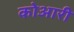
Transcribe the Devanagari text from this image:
कोआरी